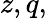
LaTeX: z,q,